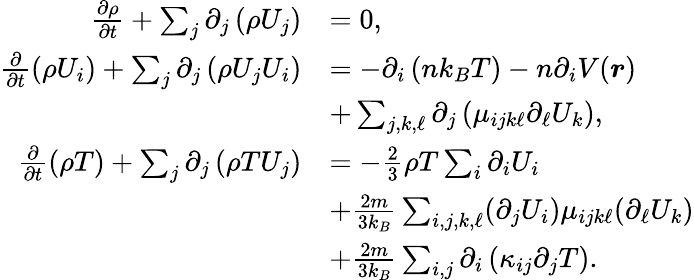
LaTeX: \begin{array}{rl}{\frac{\partial\rho}{\partial t}+\sum_{j}\partial_{j}\left({\rho U_{j}}\right)}&{=0,}\\ {\frac{\partial}{\partial t}\left(\rho U_{i}\right)+\sum_{j}\partial_{j}\left(\rho U_{j}U_{i}\right)}&{=-\partial_{i}\left(nk_{B}T\right)-n\partial_{i}V(\boldsymbol{r})}\\ &{+\sum_{j,k,\ell}\partial_{j}\left(\mu_{ijk\ell}\partial_{\ell}U_{k}\right),}\\ {\frac{\partial}{\partial t}(\rho T)+\sum_{j}\partial_{j}\left(\rho TU_{j}\right)}&{=-\frac{2}{3}\rho T\sum_{i}\partial_{i}U_{i}}\\ &{+\frac{2m}{3k_{B}}\sum_{i,j,k,\ell}(\partial_{j}U_{i})\mu_{ijk\ell}(\partial_{\ell}U_{k})}\\ &{+\frac{2m}{3k_{B}}\sum_{i,j}\partial_{i}\left(\kappa_{ij}\partial_{j}T\right).}\end{array}